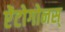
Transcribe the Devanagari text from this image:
ऐंटोगोनस्‌